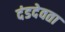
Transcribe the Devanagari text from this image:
दंडदेवता